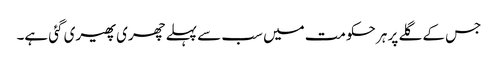
جس کے گلے پر ہر حکومت میں سب سے پہلے چھری پھیری گئی ہے۔